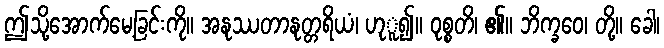
ဤသို့အောက်မေ့ခြင်းကို။ အနုဿတာနုတ္တရိယံ၊ ဟုူ၍။ ဝုစ္စတိ၊ ၏။ ဘိက္ခဝေ၊ တို့။ ခေါ၊